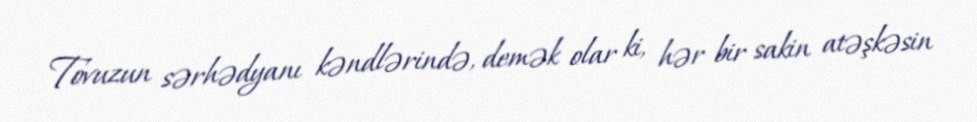
Tovuzun sərhədyanı kəndlərində, demək olar ki, hər bir sakin atəşkəsin